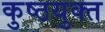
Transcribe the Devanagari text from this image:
कुष्ठयुक्त